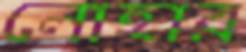
লোহার